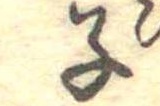
子